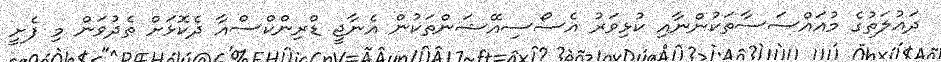
ދައުލަތުގެ މުއައްސަސާތަކުންނާއި ކުޅިވަރު އެސޯސިއޭޝަންތަކުން އެނާޖީ ޑްރިންކްސްއާ ދެކޮޅަށް ތެދުވަން މި ފެށީ